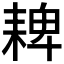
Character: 𦓸